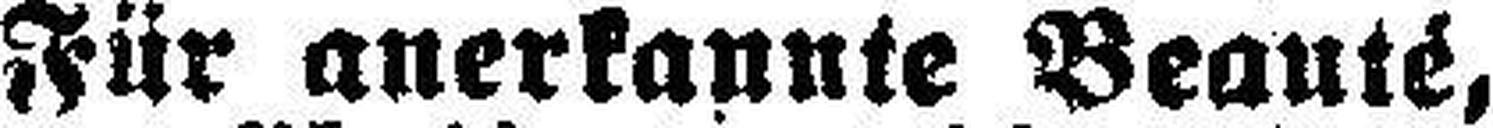
Für anerkannte Beanté,